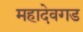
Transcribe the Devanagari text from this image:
महादेवगड